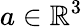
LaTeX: a\in\mathbb{R}^{3}